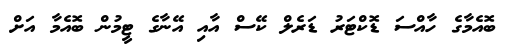
ބޮއެމާގެ ހާއްސަ ޑޮކްޓަރު ޑަރެލް ކޭސް އާއި އޭނާގެ ޓީމުން ބޮއެމާ އަށް